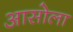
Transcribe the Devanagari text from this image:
आसोला